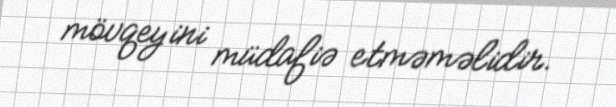
mövqeyini müdafiə etməməlidir.